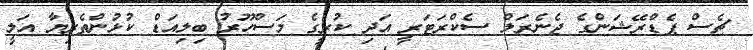
ޗެސް ޕެޑްރޭޝަންގެ ޖެނެރަލް ސެކްރަޓަރީ އަދި ކުރީގެ މަސްހޫރު ބިލިއަޑް ކުޅުންތެރިޔާ އަލީ